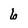
Character: 6